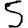
Digit: 5